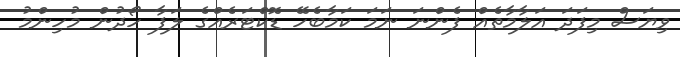
ވިޔަސް މިފަދަ އަލާމާތެއް ފެންނަ ނަމަ ކަމާބެހޭ ޑޮކްޓަރެއްގެ ލަފާ ހޯދުން މުހިންމު